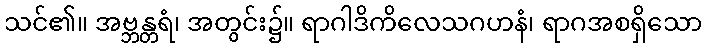
သင်၏။ အဗ္ဘန္တရံ၊ အတွင်း၌။ ရာဂါဒိကိလေသဂဟနံ၊ ရာဂအစရှိသော